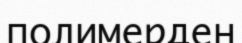
полимерден